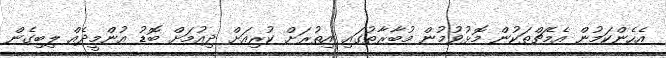
އެހެންކަމުން އެމެޗްތަކުން މޮޅުވުމުން މުބާރާތުގައި އިތުރަށް ކުރިއަށް ދިއުމަށް ބޮޑު އުންމީދެއް ލިބިގެން